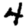
Digit: 4